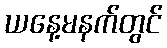
ယနေ့မနက်တွင်